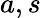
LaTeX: a,s